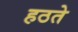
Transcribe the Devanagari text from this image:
हठते